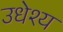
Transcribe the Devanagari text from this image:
उधेश्य